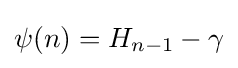
\psi (n)=H_{n-1}-\gamma